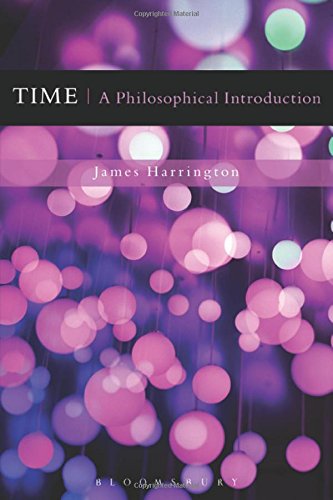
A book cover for Time: A Philosophical Introduction; James Harrington; Science & Math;